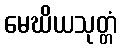
မေဃိယသုတ္တံ